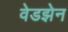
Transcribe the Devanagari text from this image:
वेडझेन